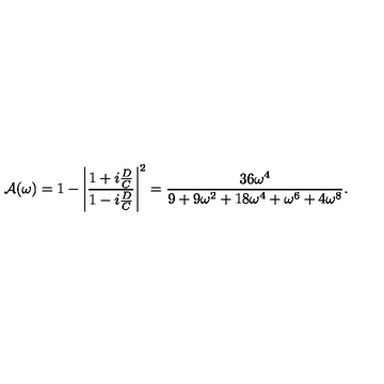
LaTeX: { \cal A } ( \omega ) = 1 - \left| { \frac { 1 + i { \frac { D } { C } } } { 1 - i { \frac { D } { C } } } } \right| ^ { 2 } = { \frac { 3 6 \omega ^ { 4 } } { 9 + 9 \omega ^ { 2 } + 1 8 \omega ^ { 4 } + \omega ^ { 6 } + 4 \omega ^ { 8 } } } .